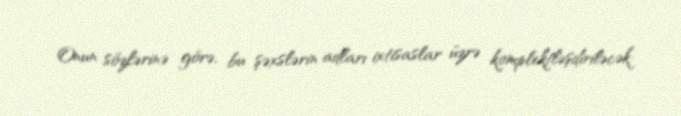
Onun sözlərinə görə, bu şəxslərin adları ixtisaslar üzrə komplektləşdiriləcək: